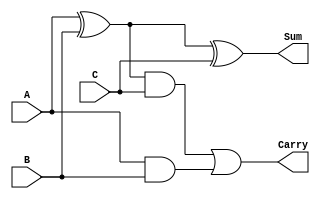
`timescale 1ns / 1ps
//////////////////////////////////////////////////////////////////////////////////
// Company: 
// Engineer: 
// 
// Design Name: 
// Module Name: fa
// Project Name: 
// Target Devices: 
// Tool Versions: 
// Description: 
// 
// Dependencies: 
// 
// Revision:
// Revision 0.01 - File Created
// Additional Comments:
// 
//////////////////////////////////////////////////////////////////////////////////

module fa(
    input A,
    input B,
    input C,
    output Sum,
    output Carry
    );
    
    assign Sum = A^B^C;
    assign Carry = ((A^B)&C) | (A&B);
    
endmodule